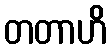
တတာဟိ